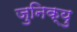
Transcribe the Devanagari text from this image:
जुनिक्यु